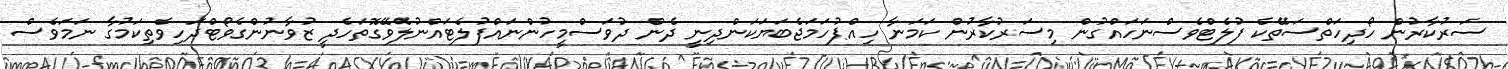
ސަރުކާރުން ހޯދިހަތްސަތޭކެ ފުލެޓްވެސްނަހައްގުން މިސަރުކާރުން ކަމަނާ ހިއްޕުހަމަޖެބަޔަކަންދިނީ ދެން ދުވަސްމީހުންނައްފުލެޓައްނުލެވޭގޮތަހެދީ ޒުވާނުންގެވޯޓްދަހިވެތިކަމުގާ ނަމަވެސް